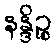
နန္ဒိဉ္စ